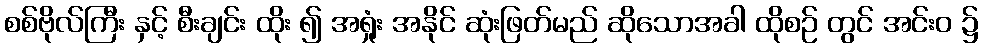
စစ်ဗိုလ်ကြီး နှင့် စီးချင်း ထိုး ၍ အရှုံး အနိုင် ဆုံးဖြတ်မည် ဆိုသောအခါ ထိုစဉ် တွင် အင်းဝ ၌